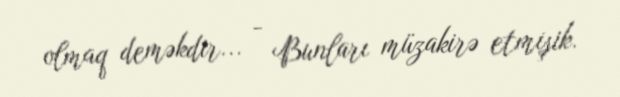
olmaq deməkdir... - Bunları müzakirə etmişik.